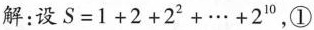
解：设$$S = 1 + 2 + 2 ^ { 2 } + . . . + 2 ^ { 1 0 }$$,①